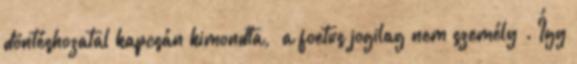
döntéshozatal kapcsán kimondta, „a foetus jogilag nem személy”. Így